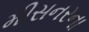
મીસનરના